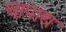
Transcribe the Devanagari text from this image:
आपाद्य